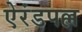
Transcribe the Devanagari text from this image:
ऐरंडपल्ल